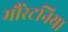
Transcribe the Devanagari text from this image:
मौरेटनिया